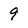
Character: 9